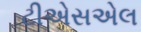
ટીએસએલ